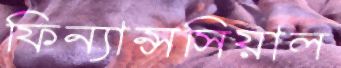
ফিন্যান্সসিয়াল